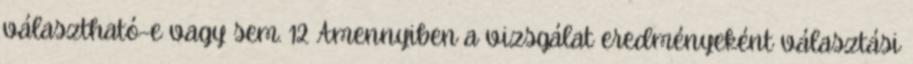
választható-e vagy sem. 12 Amennyiben a vizsgálat eredményeként választási